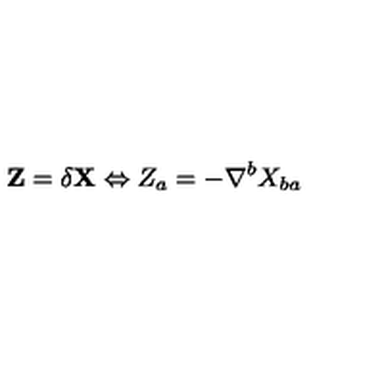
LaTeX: \mathbf { Z } = \delta \mathbf { X } \Leftrightarrow Z _ { a } = - \nabla ^ { b } X _ { b a }